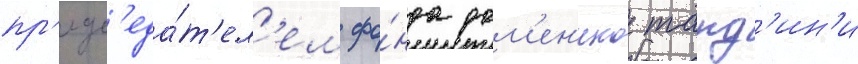
пр'едс'еда́т'ел'ем фо́нда дом'ен'ико тард'ин'и